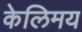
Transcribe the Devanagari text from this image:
केलिमय